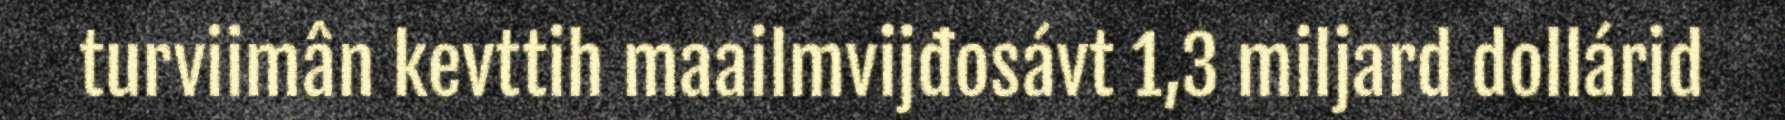
turviimân kevttih maailmvijđosávt 1,3 miljard dollárid